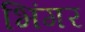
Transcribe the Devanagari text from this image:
भिंगर